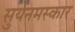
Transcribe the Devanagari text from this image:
सुर्यनमस्कार